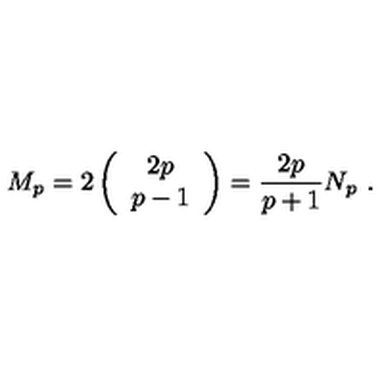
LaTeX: M _ { p } = 2 \left( \begin{array} { c } { 2 p } \\ { p - 1 } \\ \end{array} \right) = \frac { 2 p } { p + 1 } N _ { p } \ .